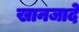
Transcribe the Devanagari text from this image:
खानजादे